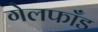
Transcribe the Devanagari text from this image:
गेलफाँड